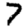
Digit: 7